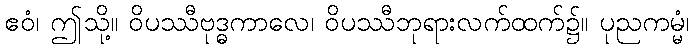
ဧဝံ၊ ဤသို့။ ဝိပဿီဗုဒ္ဓကာလေ၊ ဝိပဿီဘုရားလက်ထက်၌။ ပုညကမ္မံ၊